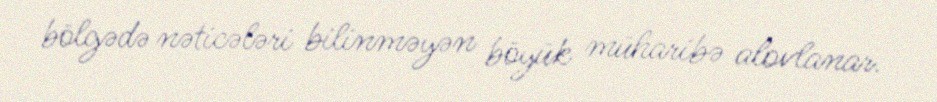
bölgədə nəticələri bilinməyən böyük müharibə alovlanar.